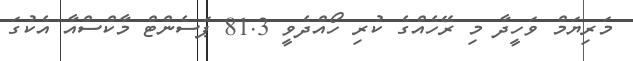
މަރިޔަމް ވަހީދާ މި ރޭހެއްގެ ކުރި ހޯއްދެވީ 81.3 ޕަސެންޓް މާކްސްއާ އެކުގަ